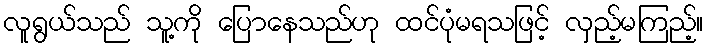
လူရွယ်သည် သူ့ကို ပြောနေသည်ဟု ထင်ပုံမရသဖြင့် လှည့်မကြည့်။